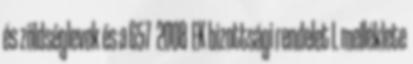
és zöldséglevek és a 657 2008 EK bizottsági rendelet I. melléklete